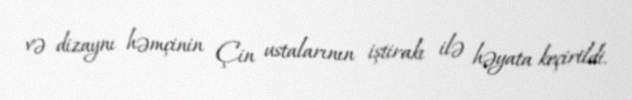
və dizaynı həmçinin Çin ustalarının iştirakı ilə həyata keçirildi.